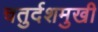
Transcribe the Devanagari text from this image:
चतुर्दशमुखी